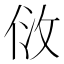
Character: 𠈹